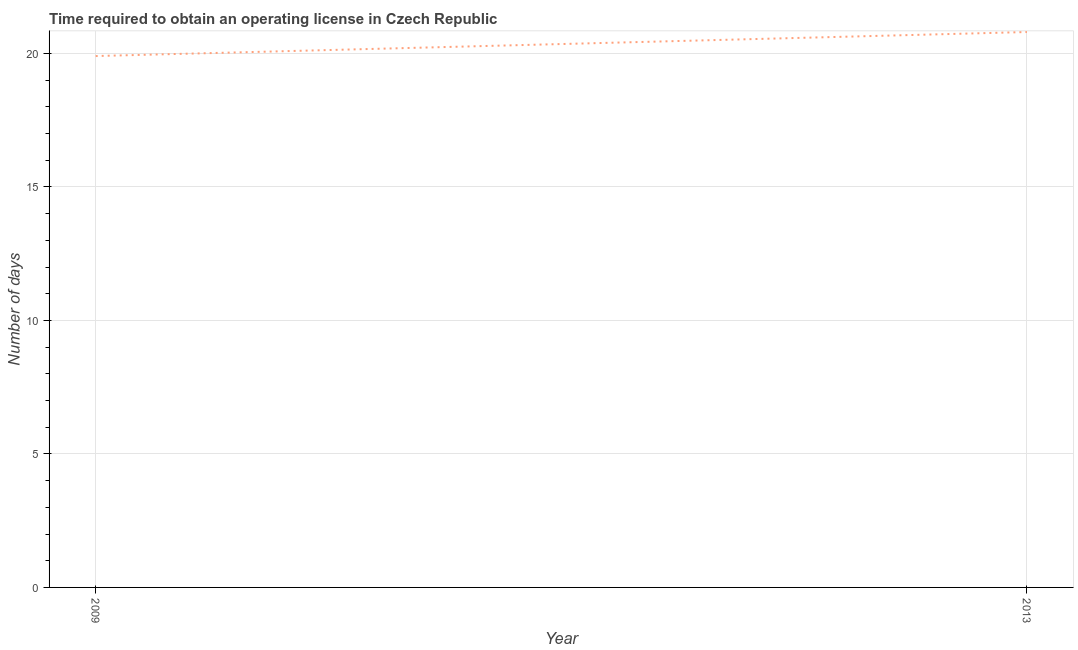
| Year | Obtain operating license |
 | --- | --- |
 | 2009 | 19.9 |
 | 2013 | 20.8 |